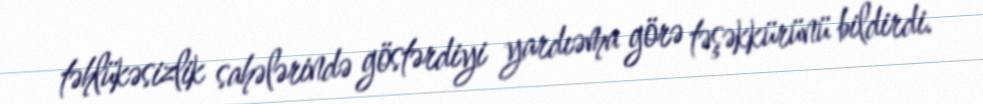
təhlükəsizlik sahələrində göstərdiyi yardıəma görə təşəkkürünü bildirdi.